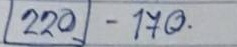
220 - 170